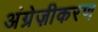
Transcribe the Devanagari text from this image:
अंग्रेज़ीकरण